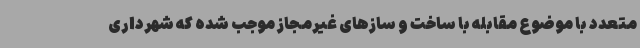
متعدد با موضوع مقابله با ساخت و سازهای غیرمجاز موجب شده که شهرداری